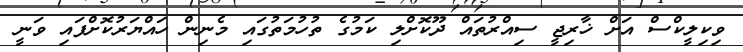
ވިކިލީކްސް އަށް ޚާރިޖީ ސިއްރުތައް ދޫކޮށްލި ކަމުގެ ތުހުމަތުގައި މެނިން ހައްޔަރުކޮށްފައި ވަނީ